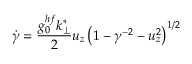
\dot { \gamma } = \frac { g _ { 0 } ^ { h f } k _ { \perp } ^ { * } } { 2 } u _ { z } \left( 1 - \gamma ^ { - 2 } - u _ { z } ^ { 2 } \right) ^ { 1 / 2 }